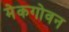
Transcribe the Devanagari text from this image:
मेकगोवन